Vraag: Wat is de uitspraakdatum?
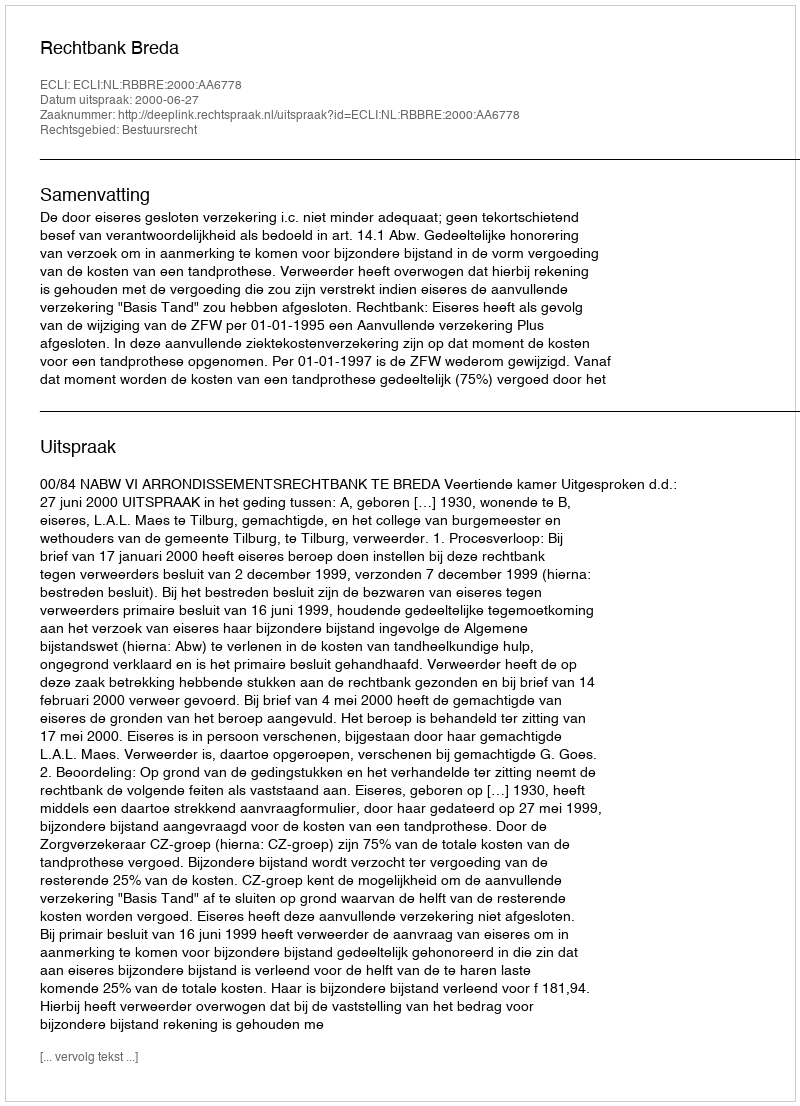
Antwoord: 2000-06-27